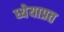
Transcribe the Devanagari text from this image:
ध्येयाप्रत